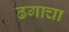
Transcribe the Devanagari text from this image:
ढगाचा